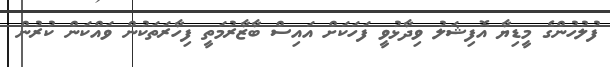
ފުލުހުންގެ މީޑިޔާ އޮފިޝަލު ވިދާޅުވީ ފަހަކަށް އައިސް ބާޒާރުމަތީ ފިހާރަތަކުން ވައްކަން ކުރުން